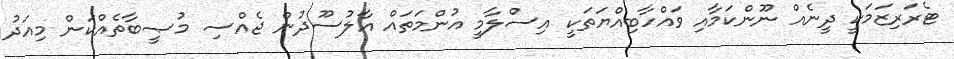
ޓެރަރިޒަމަކީ ދީނެއް ނޫންކަމާއި ވައްހާބިއްޔަތަކީ އިސްލާމީ އުންމަތައް އާލުސޫދުން ޖެއްސި މުޞީބާތެއްކަން މިއަދު